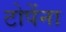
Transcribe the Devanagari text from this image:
टोपेंना